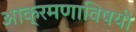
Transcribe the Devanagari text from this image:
आक्रमणाविषयी